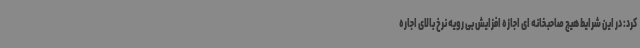
کرد: در این شرایط هیچ صاحبخانه ای اجازه افزایش بی رویه نرخ بالای اجاره